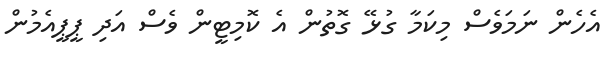
އެހެން ނަމަވެސް މިކަމާ ގުޅޭ ގޮތުން އެ ކޮމިޓީން ވެސް އަދި ޕީޕީއެމުން